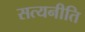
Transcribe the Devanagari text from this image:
सत्यनीति